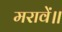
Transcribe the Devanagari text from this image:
मरावें॥